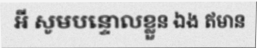
អី សូមបន្ទោលខ្លួន ឯង ឥមាន